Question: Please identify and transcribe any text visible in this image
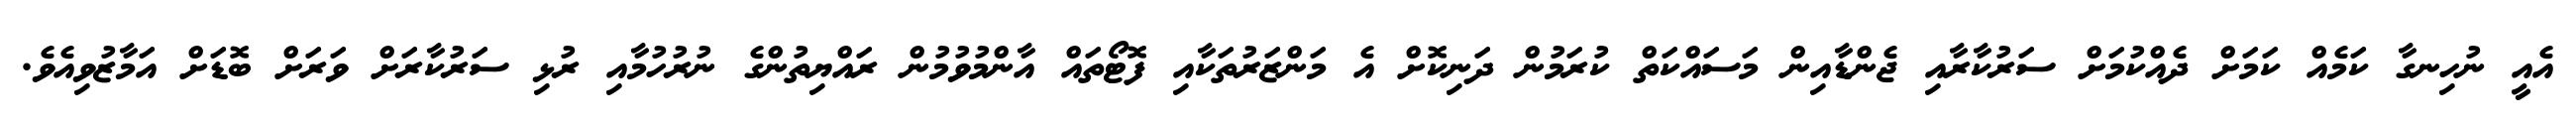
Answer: އެއީ ނުހިނގާ ކަމެއް ކަމަށް ދެއްކުމަށް ސަރުކާރާއި ޖެންޑާއިން މަސައްކަތް ކުރަމުން ދަނިކޮށް އެ މަންޒަރުތަކާއި ފޮޓޯތައް އާންމުވުމުން ރައްޔިތުންގެ ނުރުހުމާއި ރުޅި ސަރުކާރަށް ވަރަށް ބޮޑަށް އަމާޒުވިއެވެ.